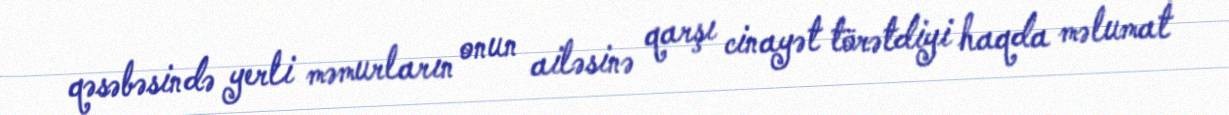
qəsəbəsində yerli məmurların onun ailəsinə qarşı cinayət törətdiyi haqda məlumat